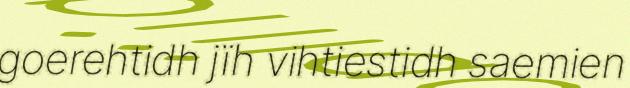
goerehtidh jïh vihtiestidh saemien